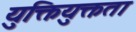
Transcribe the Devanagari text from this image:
युक्तियुक्तता